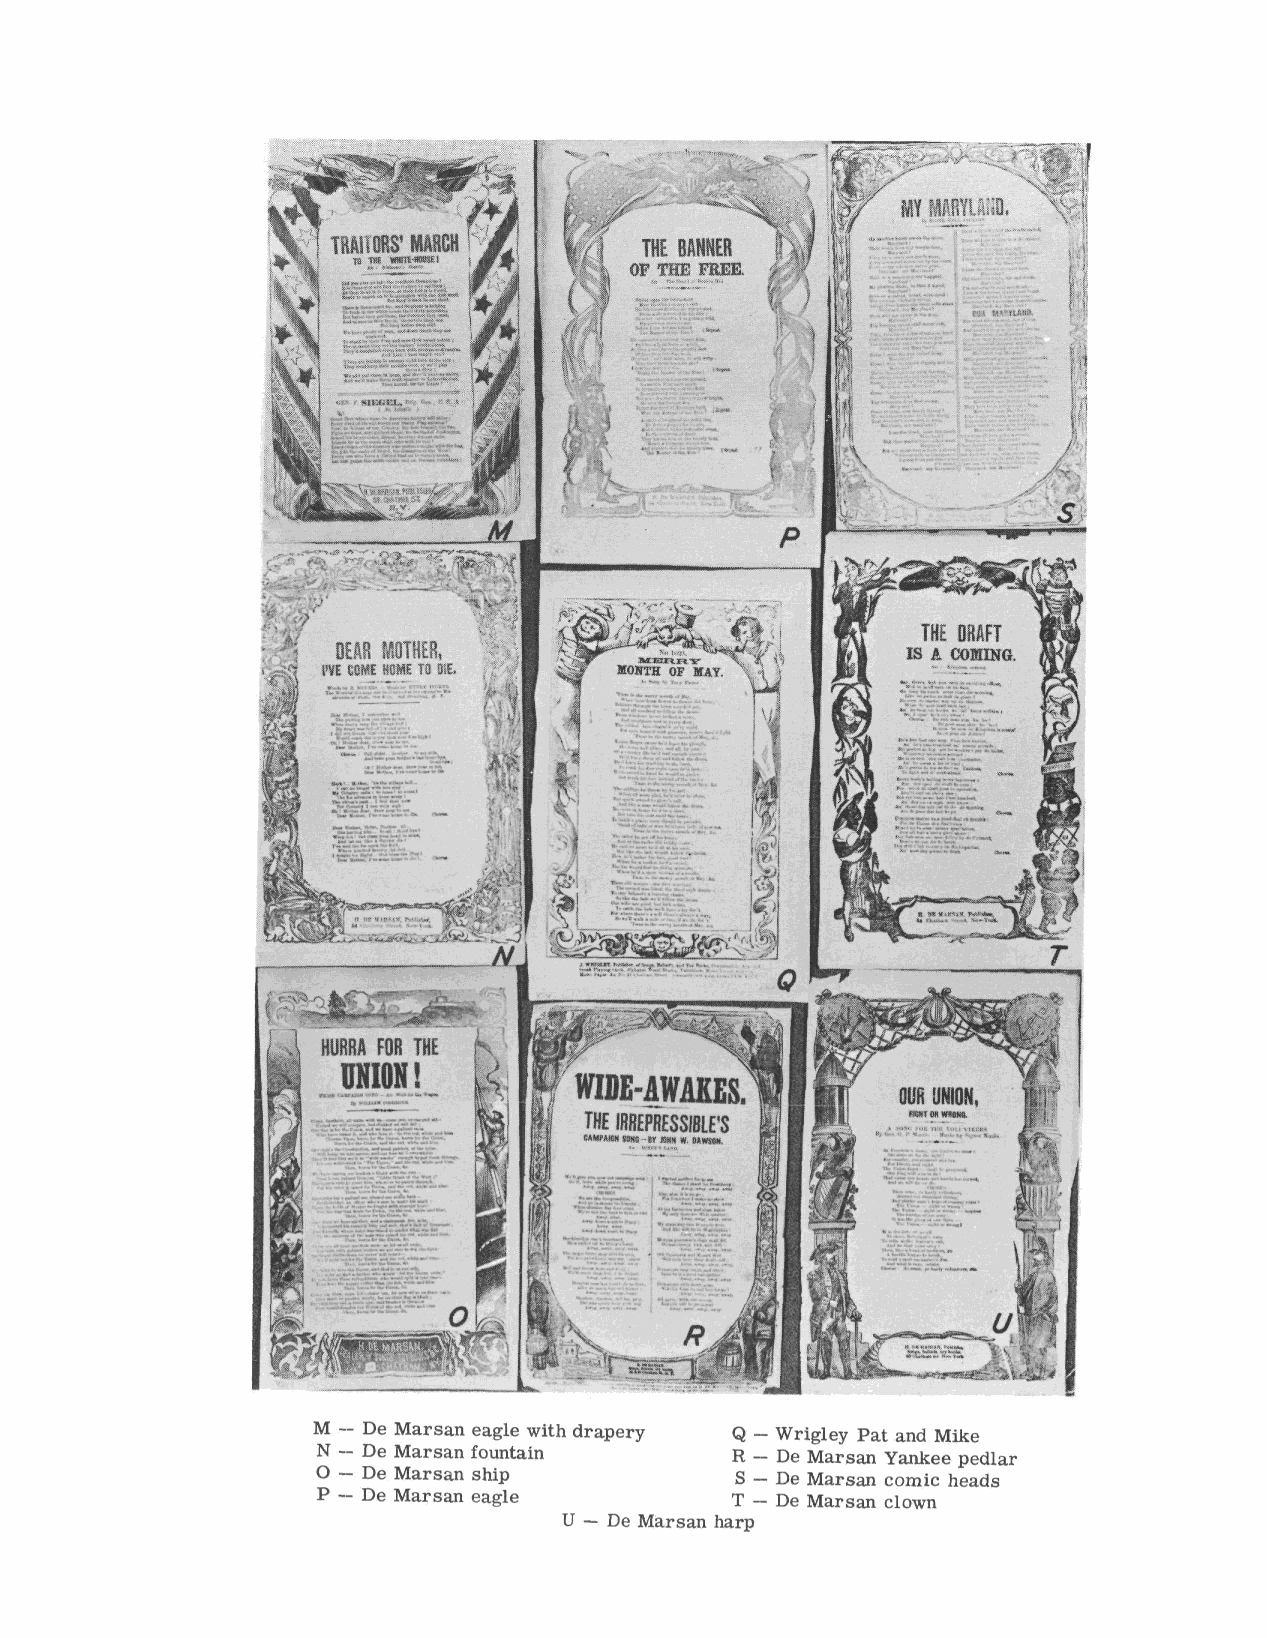
M — De Marsan eagle with drapery Q - Wrigley Pat and Mike
 N - De Marsan fountain     R - De Marsan Yankee pedlar
 O - De Marsan ship          S - De Marsan comic heads
 P - De Marsan eagle        T - De Marsan clown
 U — De Marsan harp